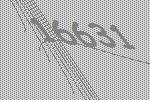
16631